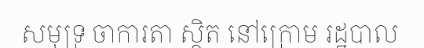
សមុទ្រ ចាការតា ស្ថិត នៅក្រោម រដ្ឋបាល